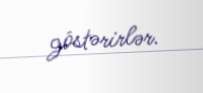
göstərirlər.